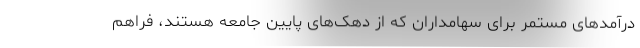
درآمدهای مستمر برای سهامداران که از دهک‌های پایین جامعه هستند، فراهم